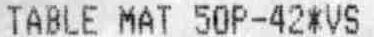
TABLE MAT 50P-42*VS